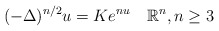
\begin{align*}(-\Delta)^{n/2}u=Ke^{nu}\quad\mathbb{R}^{n}, n\geq 3\end{align*}